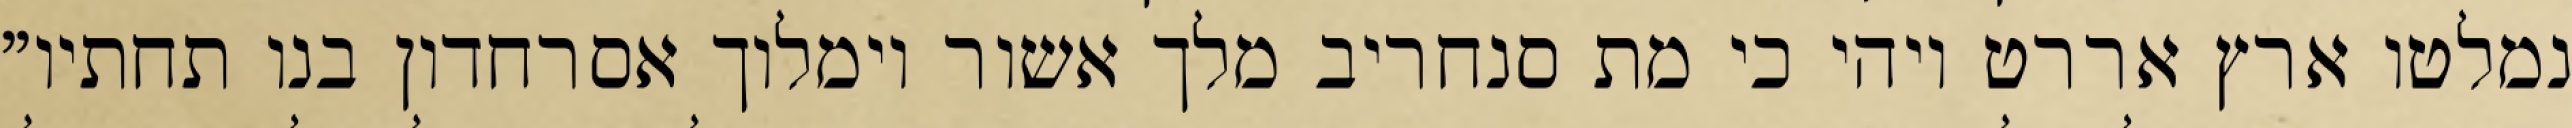
נמלטו ארץ אררט ויהי כי מת סנחריב מלך אשור וימלוך אסרחדון בנו תחתיו"